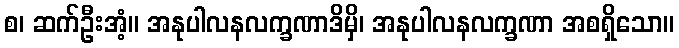
စ၊ ဆက်ဦးအံ့။ အနုပါလနလက္ခဏာဒိမှိ၊ အနုပါလနလက္ခဏာ အစရှိသော။